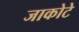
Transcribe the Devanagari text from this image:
जाकोटे